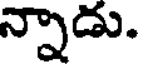
న్నాడు.